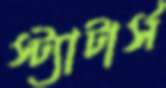
স্ট্যাটার্স